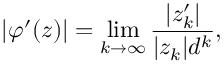
| \varphi ^ { \prime } ( z ) | = \operatorname* { l i m } _ { k \to \infty } { \frac { | z _ { k } ^ { \prime } | } { | z _ { k } | d ^ { k } } } ,